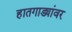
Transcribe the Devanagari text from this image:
हातगाड्यांवर